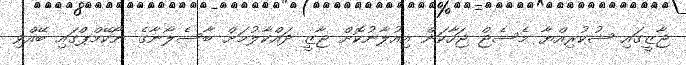
ޖާޒީގައި ޝުކުރިއްޔާ މެސެޖް ޖަހާކަން އިއުލާނުކޮށް ޖާޒީ ދައްކާލުމަށް ބާސެލޯނާގެ ނޯކޭމްޕްގައި ބޭއްވި